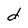
Character: d